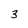
Character: 3